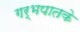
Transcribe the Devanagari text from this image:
गर्भपातके